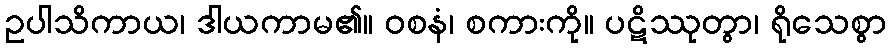
ဥပါသိကာယ၊ ဒါယကာမ၏။ ဝစနံ၊ စကားကို။ ပဋိဿုတွာ၊ ရိုသေစွာ